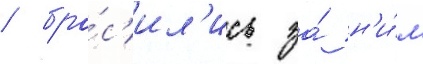
/ бро́с'ил'ись за́ н'и́м